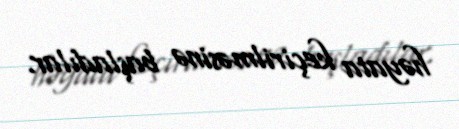
həyata keçirilməsinə başladılar.